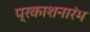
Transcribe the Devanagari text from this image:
प्रकाशनारंभ